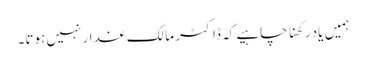
ہمیں یاد رکھنا چاہیے کہ ڈاکٹر مالک غدار نہیں ہوتا۔